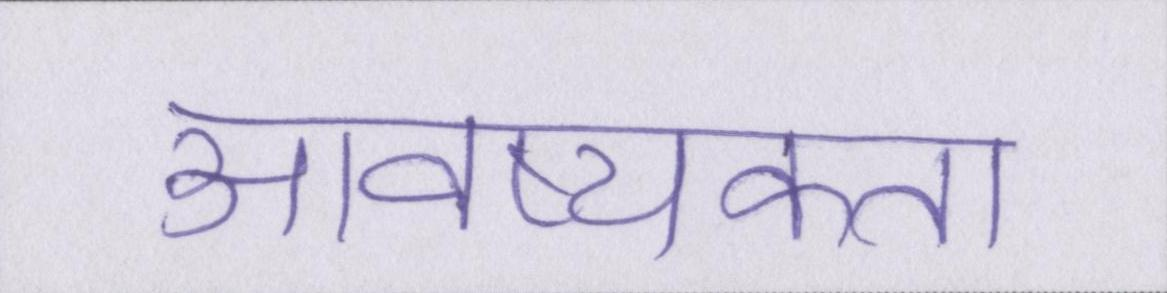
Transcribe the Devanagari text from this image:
आवष्यकता